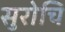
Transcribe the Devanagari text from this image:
सुरोचि